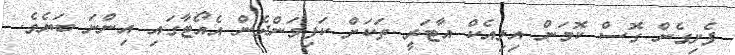
ފެށިގެން ގޮސް ކޮމަން އިލިއެކް އާޓަރީ ތަކަށް ކަފިވަންދެން އެއޯޓާގައި އިންނަ ބަޔެވެ.